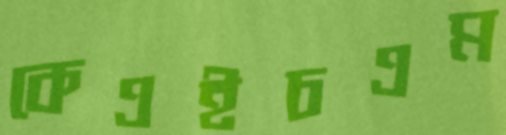
কেএইচএম